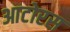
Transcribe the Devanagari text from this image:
आटोरस